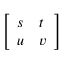
\left[ \begin{array} { l l } { s } & { t } \\ { u } & { v } \end{array} \right]